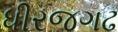
ધીરજગઢ